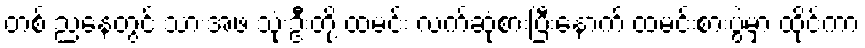
တစ် ညနေတွင် သားအဖ သုံးဦးတို့ ထမင်း လက်ဆုံစားပြီးနောက် ထမင်းစားပွဲမှာ ထိုင်ကာ